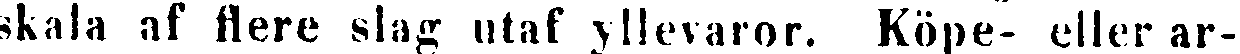
skala af Nere slag utaf yllevaror. Köpe- eller ar-